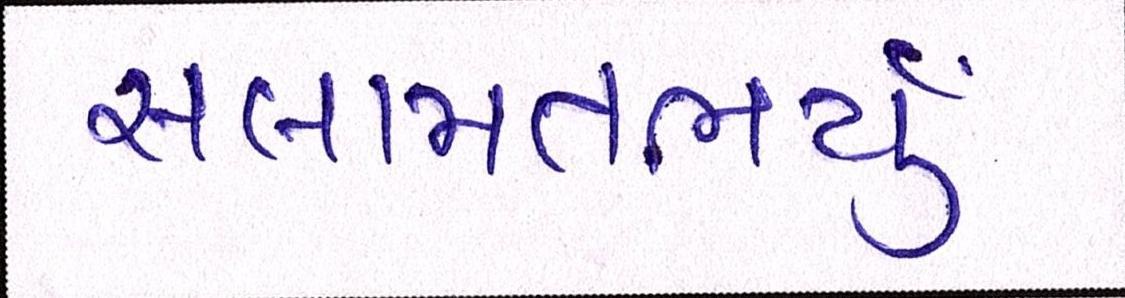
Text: સલામતભર્યું